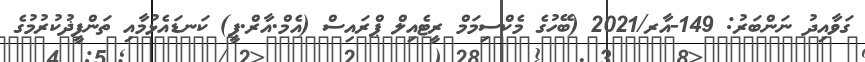
ގަވާއިދު ނަންބަރު: 149-އާރ/2021 (ބޭހުގެ މެކްސިމަމް ރީޓެއިލް ޕްރައިސް (އެމް.އާރް.ޕީ) ކަނޑައެޅުމާއި ތަންފީޛުކުރުމުގެ